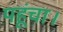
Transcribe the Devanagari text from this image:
पहूंचा।